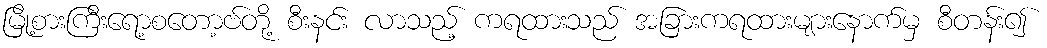
မြို့စားကြီးရော့စတော့ဗ်တို့ စီးနင်း လာသည့် ကရထားသည် အခြားကရထားများနောက်မှ စီတန်း၍